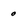
Character: o